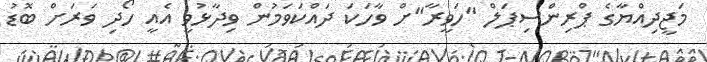
މަޖީދިއްޔާގެ ޕްރިންސިޕަލް "ހަވީރާ"ށް ވާހަކަ ދައްކަވަމުން ވިދާޅުވީ އެއީ ހޯދި ވަރަށް ބޮޑު